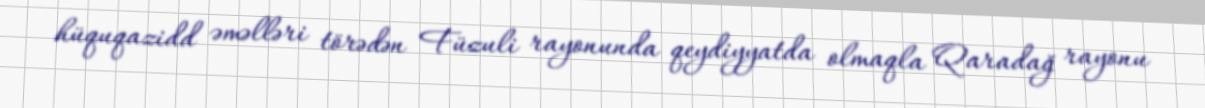
hüquqazidd əməlləri törədən Füzuli rayonunda qeydiyyatda olmaqla Qaradağ rayonu